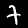
Label: 7